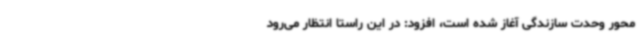
محور وحدت سازندگی آغاز شده است، افزود: در این راستا انتظار می‌رود